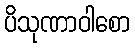
ပိသုဏာဝါစော